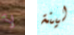
لأ لينة